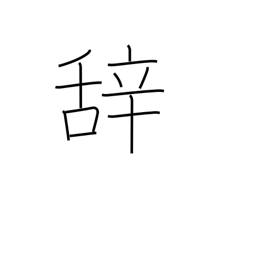
Meaning: term